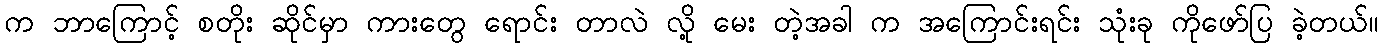
က ဘာကြောင့် စတိုး ဆိုင်မှာ ကားတွေ ရောင်း တာလဲ လို့ မေး တဲ့အခါ က အကြောင်းရင်း သုံးခု ကိုဖော်ပြ ခဲ့တယ်။